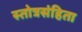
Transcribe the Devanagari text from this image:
स्तोत्रसंहिता